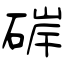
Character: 硸